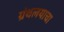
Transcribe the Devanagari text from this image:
ग्रंथलयाचा